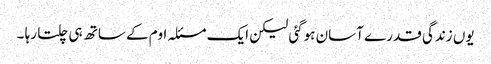
یوں زندگی قدرے آسان ہوگئی لیکن ایک مسئلہ اوم کے ساتھ ہی چلتا رہا ۔